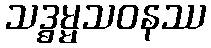
သဒ္ဓမ္မသဝနဿ